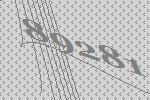
89281